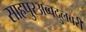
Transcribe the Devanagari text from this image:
साहपुरअब्बदुलबरी